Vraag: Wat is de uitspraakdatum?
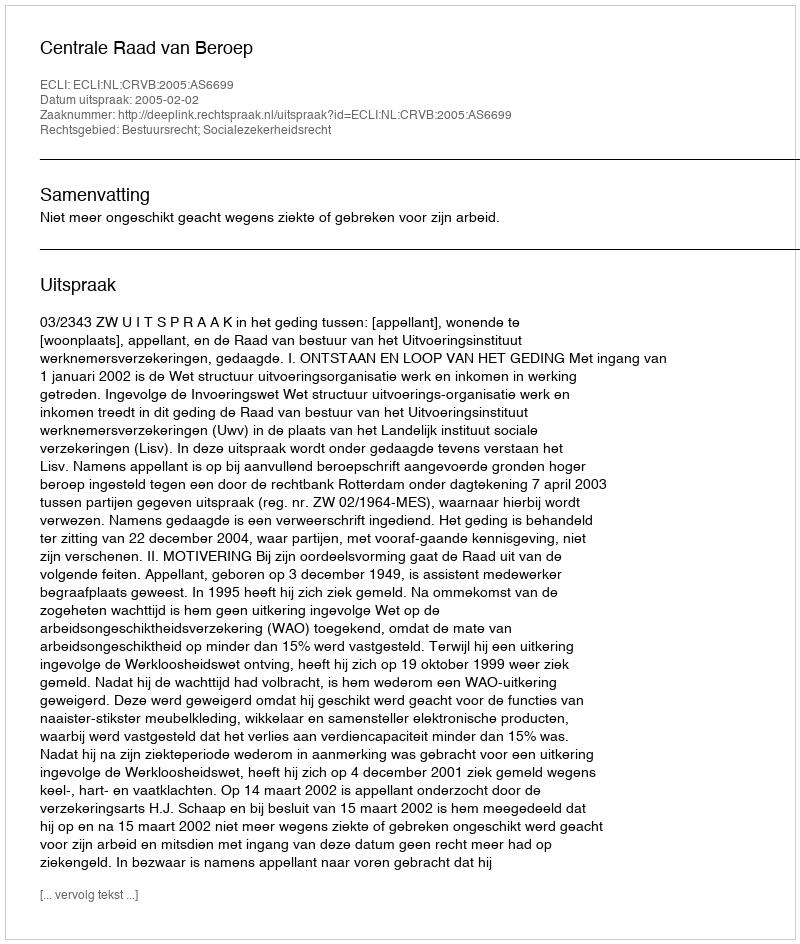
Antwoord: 2005-02-02